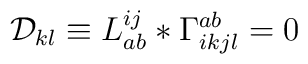
{\cal D}_{kl} \equiv L_{ab}^{ij}*\Gamma_{ikjl}^{ab} = 0